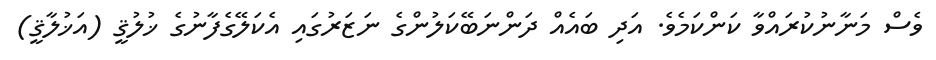
ވެސް މަނާނުކުރައްވާ ކަންކަމެވެ. އަދި ބައެއް ދަންނަބޭކަލުންގެ ނަޒަރުގައި އެކަލޭގެފާނުގެ ޚުލުޤީ (އަޚުލާޤީ)